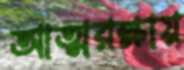
আত্মরক্ষায়